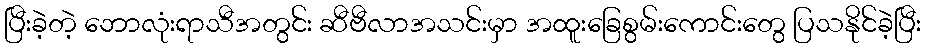
ပြီးခဲ့တဲ့ ဘောလုံးရာသီအတွင်း ဆီဗီလာအသင်းမှာ အထူးခြေစွမ်းကောင်းတွေ ပြသနိုင်ခဲ့ပြီး